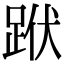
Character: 䟮